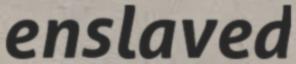
enslaved